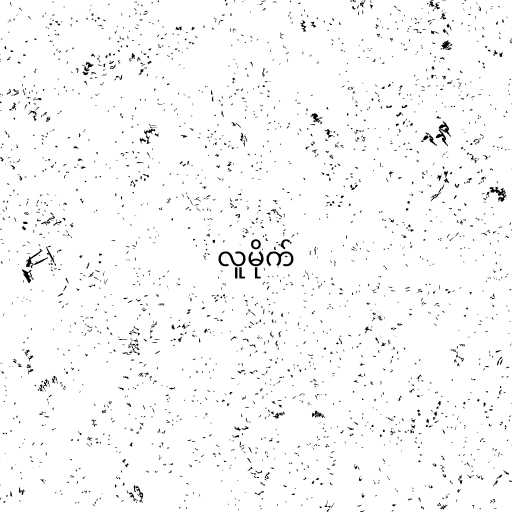
လူမိုက်